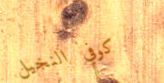
كوفي النخيل